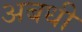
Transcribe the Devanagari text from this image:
अबधी